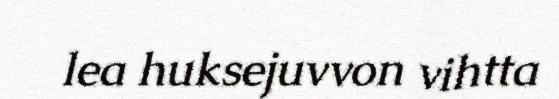
lea huksejuvvon vihtta